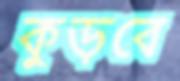
কুড়বে